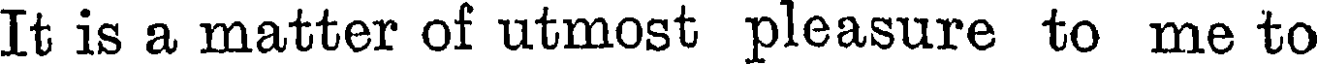
It is a matter of utmost pleasure to me to